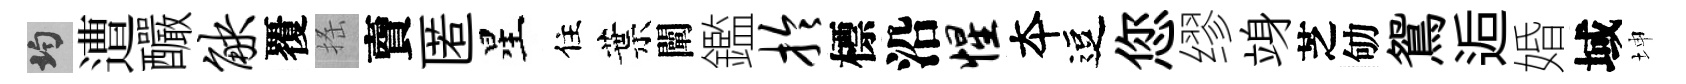
均遭釅觖覆搖𧶠匿星住葉闡鑑拎標沿惺夲逗您缪竧芝劬鴛逅婚域坤